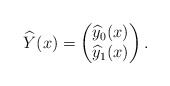
\begin{align*}\widehat{Y}(x)=\begin{pmatrix}\widehat{y}_0(x)\\\widehat{y}_1(x)\end{pmatrix}.\end{align*}